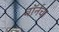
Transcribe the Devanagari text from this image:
वॉर्नचा